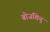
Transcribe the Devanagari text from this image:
बोजशियु